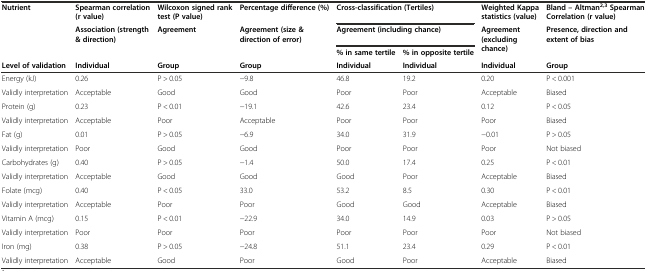
| Nutrient | Spearman correlation (r value) | Wilcoxon signed rank test (P value) | Percentage difference (%) | <COLSPAN=2> Cross-classification (Tertiles) | Weighted Kappa statistics (value) | Bland – Altman2,3Spearman Correlation (r value) |
 | <ROWSPAN=2>  | Association (strength & direction) | <ROWSPAN=2> Agreement | <ROWSPAN=2> Agreement (size & direction of error) | <COLSPAN=2> Agreement (including chance) | <ROWSPAN=2> Agreement (excluding chance) | <ROWSPAN=2> Presence, direction and extent of bias |
 |  | % in same tertile | % in opposite tertile |
 | Level of validation | Individual | Group | Group | Individual | Individual | Individual | Group |
 | --- | --- | --- | --- | --- | --- | --- | --- |
 | Energy (kJ) | 0.26 | P > 0.05 | −9.8 | 46.8 | 19.2 | 0.20 | P < 0.001 |
 | Validly interpretation | Acceptable | Good | Good | Poor | Poor | Acceptable | Biased |
 | Protein (g) | 0.23 | P < 0.01 | −19.1 | 42.6 | 23.4 | 0.12 | P < 0.05 |
 | Validly interpretation | Acceptable | Poor | Acceptable | Poor | Poor | Poor | Biased |
 | Fat (g) | 0.01 | P > 0.05 | −6.9 | 34.0 | 31.9 | −0.01 | P > 0.05 |
 | Validly interpretation | Poor | Good | Good | Poor | Poor | Poor | Not biased |
 | Carbohydrates (g) | 0.40 | P > 0.05 | −1.4 | 50.0 | 17.4 | 0.25 | P < 0.01 |
 | Validly interpretation | Acceptable | Good | Good | Good | Poor | Acceptable | Biased |
 | Folate (mcg) | 0.40 | P < 0.05 | 33.0 | 53.2 | 8.5 | 0.30 | P < 0.01 |
 | Validly interpretation | Acceptable | Poor | Poor | Good | Good | Acceptable | Biased |
 | Vitamin A (mcg) | 0.15 | P < 0.01 | −22.9 | 34.0 | 14.9 | 0.03 | P > 0.05 |
 | Validly interpretation | Poor | Poor | Poor | Poor | Poor | Poor | Not biased |
 | Iron (mg) | 0.38 | P > 0.05 | −24.8 | 51.1 | 23.4 | 0.29 | P < 0.01 |
 | Validly interpretation | Acceptable | Good | Poor | Good | Poor | Acceptable | Biased |